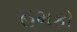
હમકો